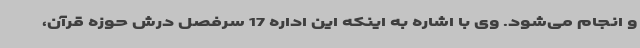
و انجام می‌شود. وی با اشاره به اینکه این اداره 17 سرفصل درش حوزه قرآن،